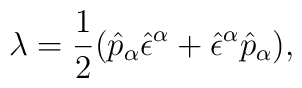
\lambda =  \frac{1}{2}(\hat{p}_{\alpha}    \hat{\epsilon}^{\alpha} + \hat{\epsilon}^{\alpha}  \hat{p}_{\alpha} ),